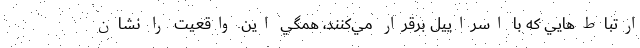
ارتباط‌هايي كه با اسراييل برقرار مي‌كنند، همگي اين واقعيت را نشان